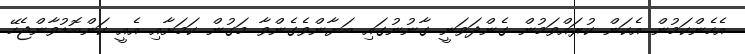
އެހެންކަމުން އެކަން ކުރައްވަމުން ގެންދަވަނީ ގާނުނުގައި ބަޔާންވެގެންވާ މަގުން ކަމަށާއި އެއީ ކަންބޮޑުވާންޖެހޭ